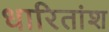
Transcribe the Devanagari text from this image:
धारितांश